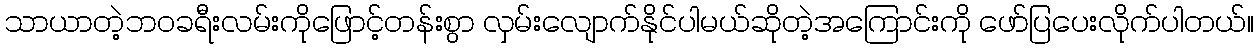
သာယာတဲ့ဘဝခရီးလမ်းကိုဖြောင့်တန်းစွာ လှမ်းလျောက်နိုင်ပါမယ်ဆိုတဲ့အကြောင်းကို ဖော်ပြပေးလိုက်ပါတယ်။